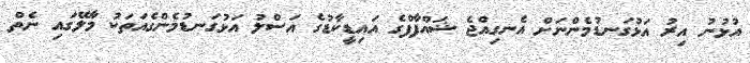
އުޅުނު އިރު އަޅުގަނޑުމެންނަށް އެނގިއްޖެ ޝައްފާފްގެ އައިޑީކާޑުގެ އަސްލު އަޅުގަނޑުމެންގެއަތަކު މާލޭގައި ނެތް